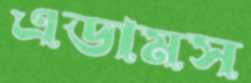
এডামস